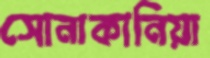
সোনাকানিয়া